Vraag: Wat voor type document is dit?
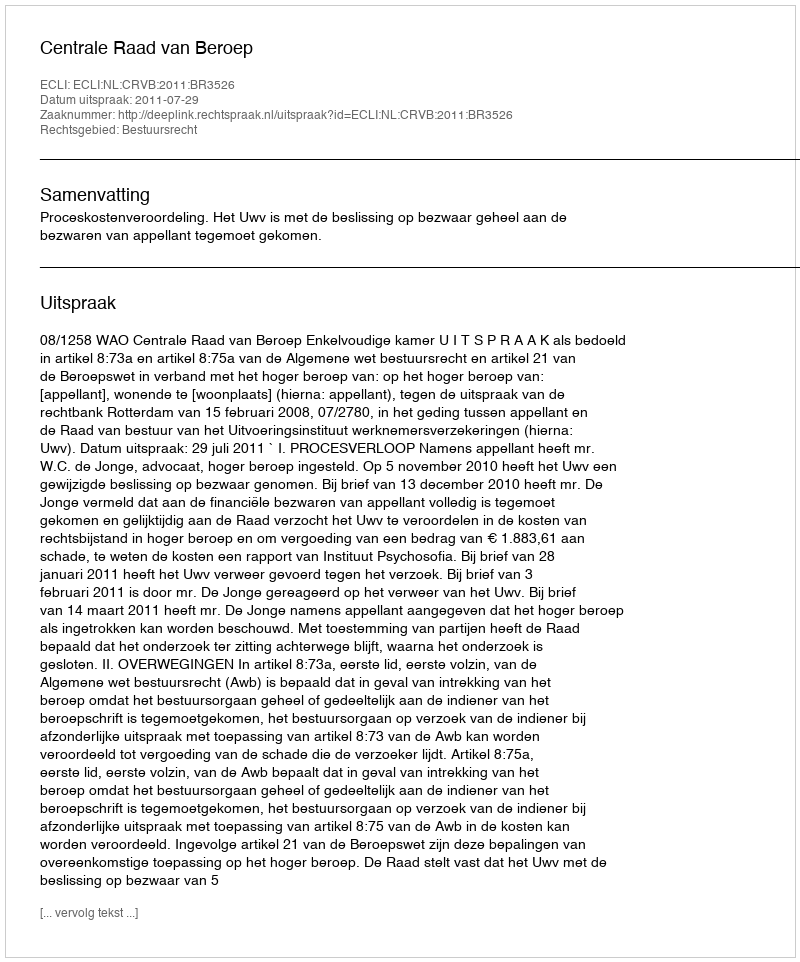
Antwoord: Uitspraak